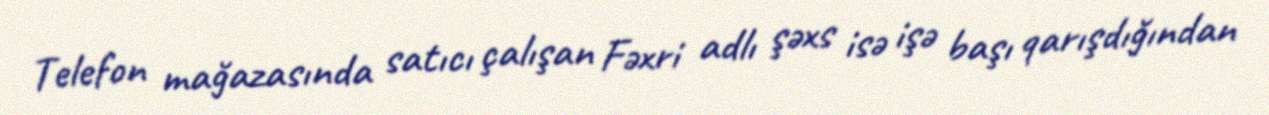
Telefon mağazasında satıcı çalışan Fəxri adlı şəxs isə işə başı qarışdığından